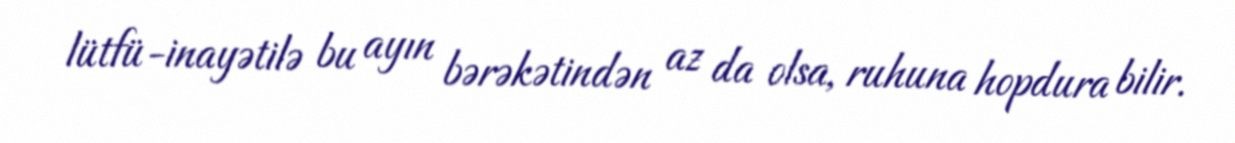
lütfü-inayətilə bu ayın bərəkətindən az da olsa, ruhuna hopdura bilir.